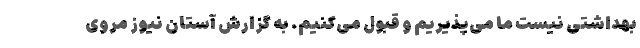
بهداشتی نیست ما می‌پذیریم و قبول می‌کنیم. به گزارش آستان نیوز مروی